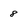
Character: 8